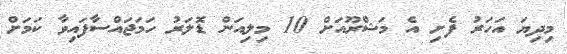
މިދިޔަ އަހަރު ފެށި އެ މަޝްރޫއަށް 10 މިލިއަން ޑޮލަރު ހަމަޖައްސާފައިވާ ކަމަށް